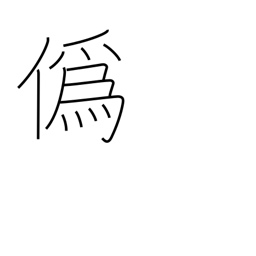
Meaning: deceive